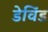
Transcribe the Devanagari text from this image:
डेविंड